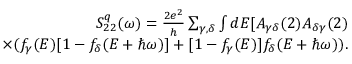
\begin{array} { r } { S _ { 2 2 } ^ { q } ( \omega ) = \frac { 2 e ^ { 2 } } { h } \sum _ { \gamma , \delta } \int d E [ A _ { \gamma \delta } ( 2 ) A _ { \delta \gamma } ( 2 ) } \\ { \times ( f _ { \gamma } ( E ) [ 1 - f _ { \delta } ( E + \hbar \omega ) ] + [ 1 - f _ { \gamma } ( E ) ] f _ { \delta } ( E + \hbar \omega ) ) . } \end{array}